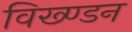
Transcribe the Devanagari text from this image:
विख्ण्डन